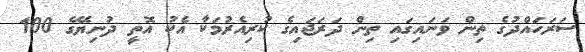
ސަރަހައްދުގެ ތިން ވަނައިގައި ތިން ދަރަޖައިގެ ކުރިއެރުމަކާ އެކު އޮތީ ދުނިޔޭގެ 100